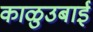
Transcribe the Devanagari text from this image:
काळुउबाई